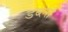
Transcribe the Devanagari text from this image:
डब्ल्स